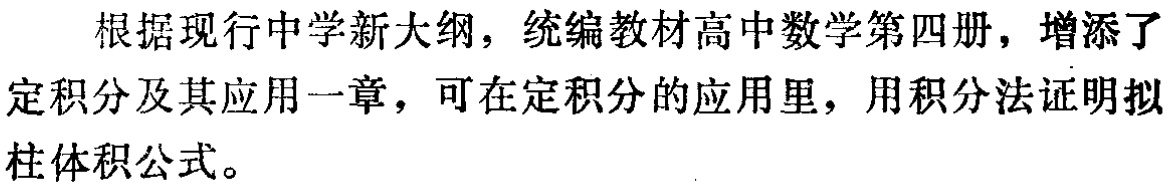
根据现行中学新大纲，统编教材高中数学第四册，增添了
定积分及其应用一章，可在定积分的应用里，用积分法证明拟
柱体积公式。